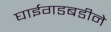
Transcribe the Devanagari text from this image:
घाईगडबडीने